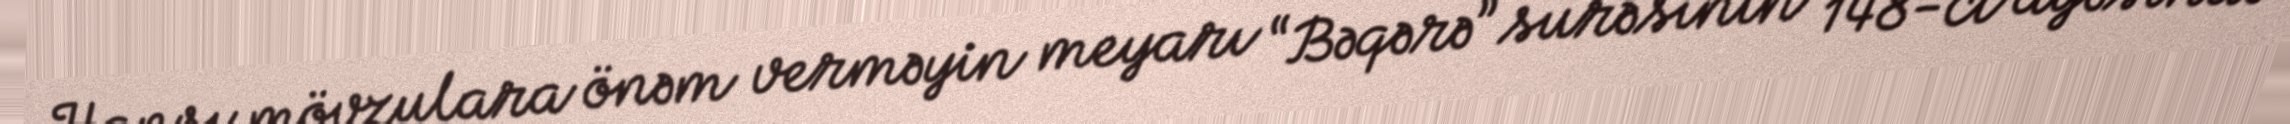
Hansı mövzulara önəm verməyin meyarı “Bəqərə” surəsinin 148-ci ayəsində